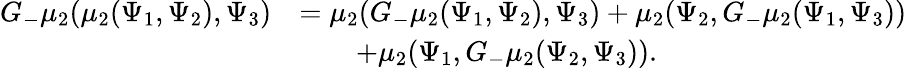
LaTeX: \begin{array}{rl}{G_{-}\mu_{2}(\mu_{2}(\Psi_{1},\Psi_{2}),\Psi_{3})}&{=\mu_{2}(G_{-}\mu_{2}(\Psi_{1},\Psi_{2}),\Psi_{3})+\mu_{2}(\Psi_{2},G_{-}\mu_{2}(\Psi_{1},\Psi_{3}))}\\ &{\qquad+\mu_{2}(\Psi_{1},G_{-}\mu_{2}(\Psi_{2},\Psi_{3})).}\end{array}